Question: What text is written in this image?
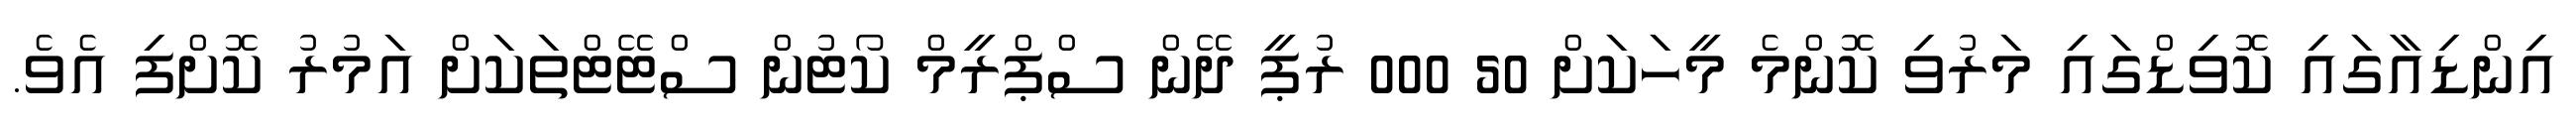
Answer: އިންޑިއާގައި ކޮވިޑްގައި މަރުވި ކޮންމެ މީހަކަށް 50 000 ރުޕީ ދޭން ސްޕްރީމް ކޯޓުން ސްޓޭޓްތަކަށް އަމުރު ކޮށްފި އެވެ.